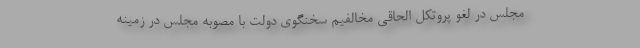
مجلس در لغو پروتکل الحاقی مخالفیم سخنگوی دولت‌ با مصوبه مجلس در زمینه